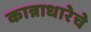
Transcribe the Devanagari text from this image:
कान्नाधारेचे